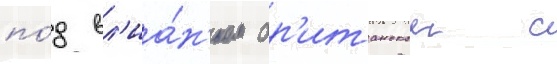
по́д вл'иа́н'ием бр'итанскои с